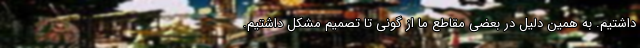
داشتیم. به همین دلیل در بعضی مقاطع ما از گونی تا تصمیم مشکل داشتیم.